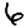
Digit: 6